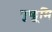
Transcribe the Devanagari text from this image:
पृष्ठ्भूमि